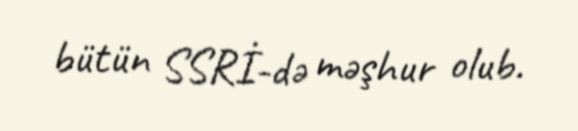
bütün SSRİ-də məşhur olub.